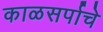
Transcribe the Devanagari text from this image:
काळसर्पाचे